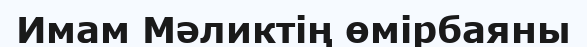
Имам Мәликтің өмірбаяны